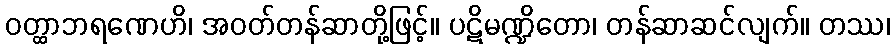
ဝတ္ထာဘရဏေဟိ၊ အဝတ်တန်ဆာတို့ဖြင့်။ ပဋိမဏ္ဍိတော၊ တန်ဆာဆင်လျက်။ တဿ၊